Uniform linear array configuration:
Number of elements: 12
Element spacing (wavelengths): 0.5
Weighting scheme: kaiser
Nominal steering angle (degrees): -15
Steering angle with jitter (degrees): -13.686
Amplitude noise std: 0.05
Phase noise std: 0.05

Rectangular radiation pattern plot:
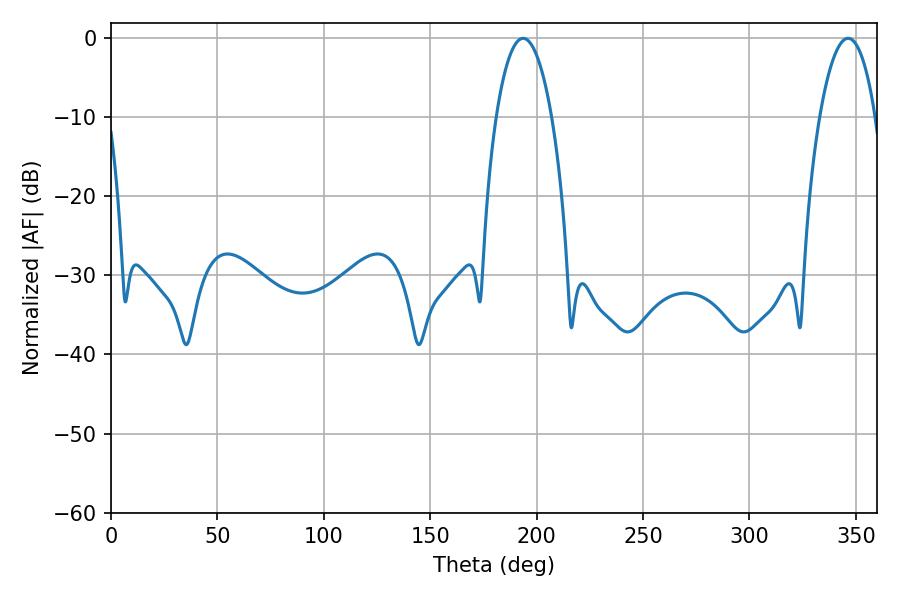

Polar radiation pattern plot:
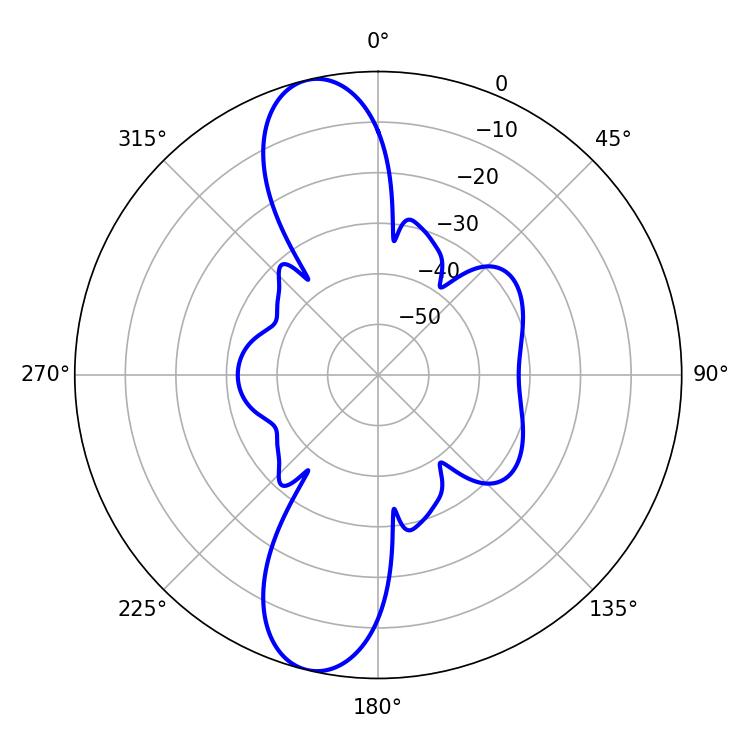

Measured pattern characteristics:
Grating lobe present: FALSE
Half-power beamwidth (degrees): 14.58
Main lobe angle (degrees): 346.32